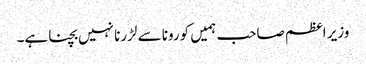
وزیر اعظم صاحب ہمیں کورونا سے لڑرنا نہیں بچنا ہے۔